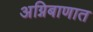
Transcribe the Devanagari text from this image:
अग्निबाणात